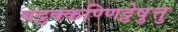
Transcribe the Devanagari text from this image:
वट्टक्कण्णिट्टेषु़त्तु